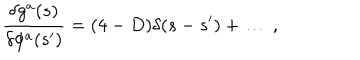
\frac { \delta g ^ { a } ( s ) } { \delta \phi ^ { a } ( s ^ { \prime } ) } = ( 4 - D ) \delta ( s - s ^ { \prime } ) + \ldots \: ,